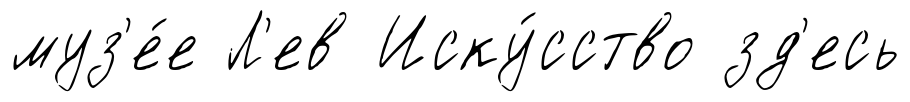
муз'е́е Л'ев Иску́сство зд'есь